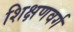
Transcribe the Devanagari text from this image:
शिक्षणवर्ग